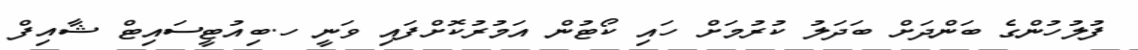
ފުލުހުންގެ ބަންދަށް ބަދަލު ކުރުމަށް ހައި ކޯޓުން އަމުރުކޮށްފައި ވަނީ ހ.ބިއުޓީސައިޓް ޝާއިފް